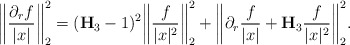
\begin{align*}\bigg\| \frac{\partial_rf}{|x|} \bigg\|_{2}^2 = (\mathbf{H}_{3}- 1)^2 \bigg\| \frac{f}{|x|^2} \bigg\|_{2}^2 + \bigg\|\partial_r \frac{f}{|x|} + \mathbf{H}_{3} \frac{f}{|x|^2} \bigg\|_{2}^2. \end{align*}